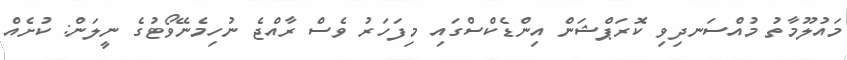
މައުލޫމާތު މުއްސަނދިވި ކޮރަޕްޝަން އިންޑެކްސްގައި މިފަހަރު ވެސް ރާއްޖެ ނުހިމެނޭވޯޓުގެ ނީލަން: ކުށެއް